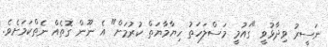
ނަސީރު ވިދާޅުވީ "ގައުމީ މަސްލަހަތު ހިޔާމާޔަތް ކުރުމަށް" އެ ނޫން ގޮތެއް ނެތްކަމަށެވެ.